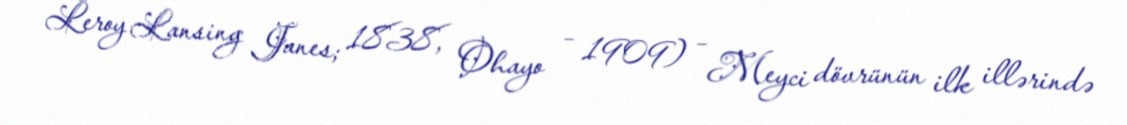
Leroy Lansing Janes; 1838, Ohayo – 1909) – Meyci dövrünün ilk illərində